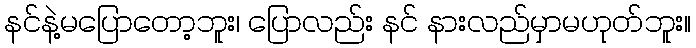
နင်နဲ့မပြောတော့ဘူး၊ ပြောလည်း နင် နားလည်မှာမဟုတ်ဘူး။